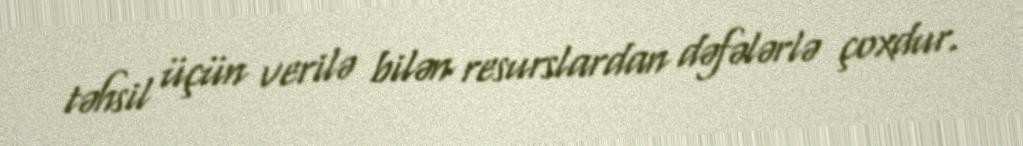
təhsil üçün verilə bilən resurslardan dəfələrlə çoxdur.